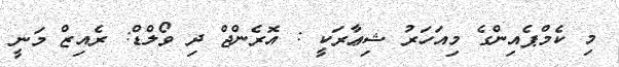
މި ކެމްޕެއިންގެ މިއަހަރު ޝިޢާރަކީ : އޮރެންޖް ދި ވޯލްޑް: ރެއިޒް މަނީ